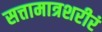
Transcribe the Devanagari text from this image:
सत्तामात्रशरीरं